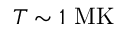
T \sim 1 ~ \mathrm { M K }